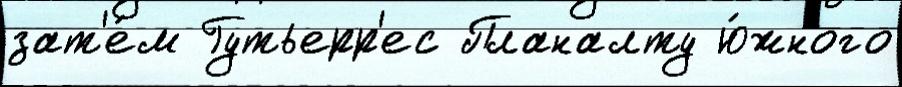
зат'е́м Гутьерр'ес Планалту ю́жного